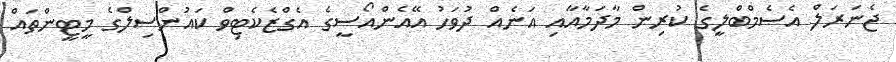
ޖެނަރަލް އެސެމްބްލީގެ ކުރިން މާދަމާއާއި އަނެއް ދުވަހު އޭއެންއޯސީގެ އެގްޒެކެޓިވް ކައުންސިލްގެ މީޓީންތައް